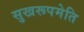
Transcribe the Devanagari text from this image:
सुखरूपमेति